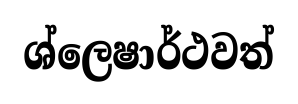
ශ්ලෙෂාර්ථවත්